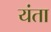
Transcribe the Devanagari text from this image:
यंता